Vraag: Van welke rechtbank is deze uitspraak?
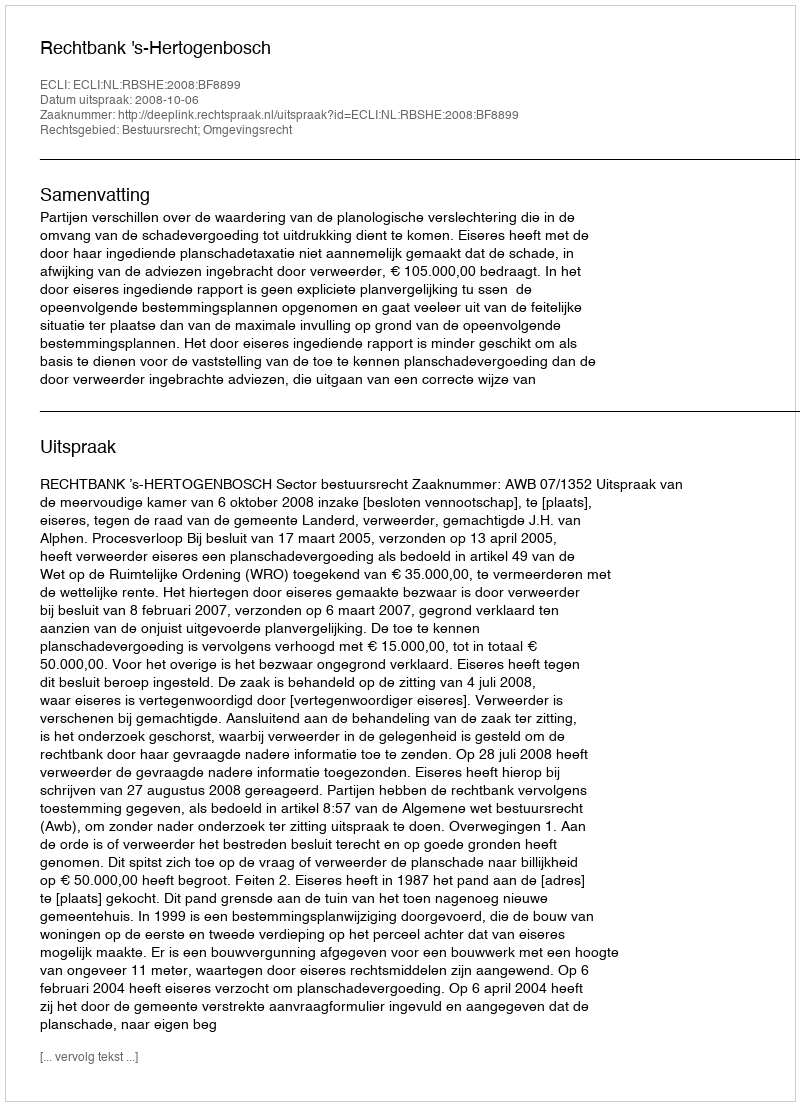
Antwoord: Rechtbank 's-Hertogenbosch